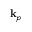
{ \bf k } _ { p }